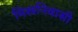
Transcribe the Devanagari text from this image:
मिस्रनिवासी